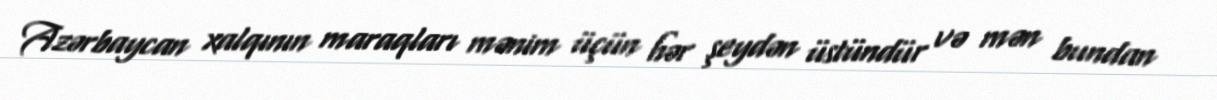
Azərbaycan xalqının maraqları mənim üçün hər şeydən üstündür və mən bundan